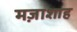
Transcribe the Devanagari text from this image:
मज़ाशाह